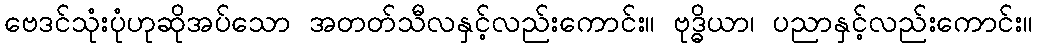
ဗေဒင်သုံးပုံဟုဆိုအပ်သော အတတ်သီလနှင့်လည်းကောင်း။ ဗုဒ္ဓိယာ၊ ပညာနှင့်လည်းကောင်း။